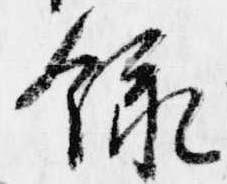
録